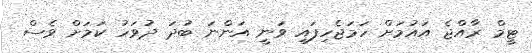
ޓީމް ރާއްޖެ އައުމަށް ހަމަޖެހިފައި ވަނީ އަންނަ ބުދަ ދުވަހު ކަމަށް ވެސް